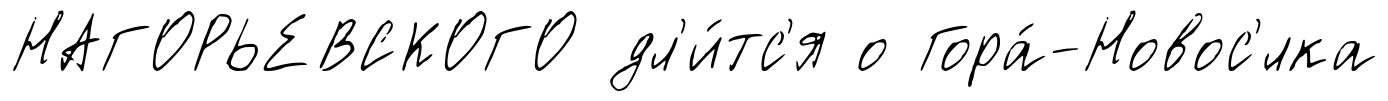
НАГОРЬЕВСКОГО дл'и́тс'я о Гора́-Новос'́лка